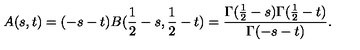
A ( s , t ) = ( - s - t ) B ( \frac { 1 } { 2 } - s , \frac { 1 } { 2 } - t ) = \frac { \Gamma ( \frac { 1 } { 2 } - s ) \Gamma ( \frac { 1 } { 2 } - t ) } { \Gamma ( - s - t ) } .